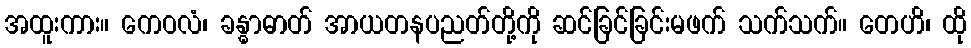
အထူးကား။ ကေဝလံ၊ ခန္ဓာဓာတ် အာယတနပညတ်တို့ကို ဆင်ခြင်ခြင်းမဖက် သက်သက်။ တေဟိ၊ ထို